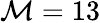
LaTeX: \mathcal{M}=13